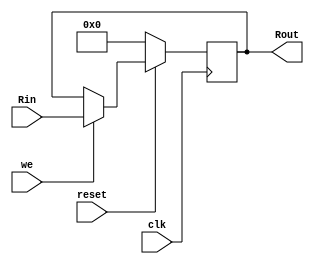
module D_FF_async_rst#(parameter mem_width = 8)(
    input clk,
    input reset,
    input [mem_width-1 : 0] Rin,
    input we,
    output reg [mem_width-1 : 0] Rout = {mem_width-1{1'b0}});
    
    always @(posedge clk) begin 
        if(!reset) begin
            Rout <= 0;
        end
        else if(we) begin
            Rout <= Rin;
        end
    end
    
endmodule